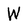
Character: W